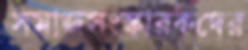
সমাজসংস্কারকদের